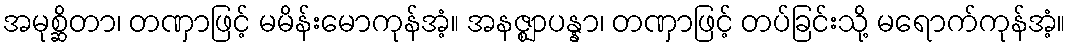
အမုစ္ဆိတာ၊ တဏှာဖြင့် မမိန်းမောကုန်အံ့။ အနဇ္ဈာပန္နာ၊ တဏှာဖြင့် တပ်ခြင်းသို့ မရောက်ကုန်အံ့။